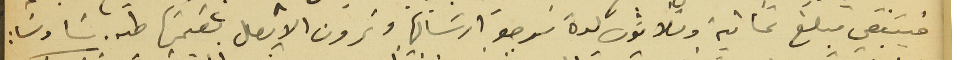
فيتبقي مبلغ ثمانية وثلاثون ليرة نرجو ارسَالها وترون الايصال بقيمتها طىه سَادسَا: